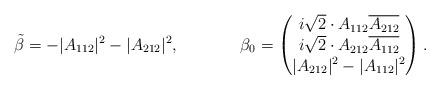
LaTeX: \begin{align*}\tilde\beta &= -|A_{112}|^2-|A_{212}|^2,&\beta_0 &=\begin{pmatrix}i\sqrt{2}\cdot A_{112}\overline{A_{212}}\\i\sqrt{2}\cdot A_{212}\overline{A_{112}}\\|A_{212}|^2-|A_{112}|^2\end{pmatrix}.\end{align*}